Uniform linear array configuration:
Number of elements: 12
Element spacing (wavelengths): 0.75
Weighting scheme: cosine
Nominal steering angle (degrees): -30
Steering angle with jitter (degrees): -28.572
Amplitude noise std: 0.05
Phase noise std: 0.05

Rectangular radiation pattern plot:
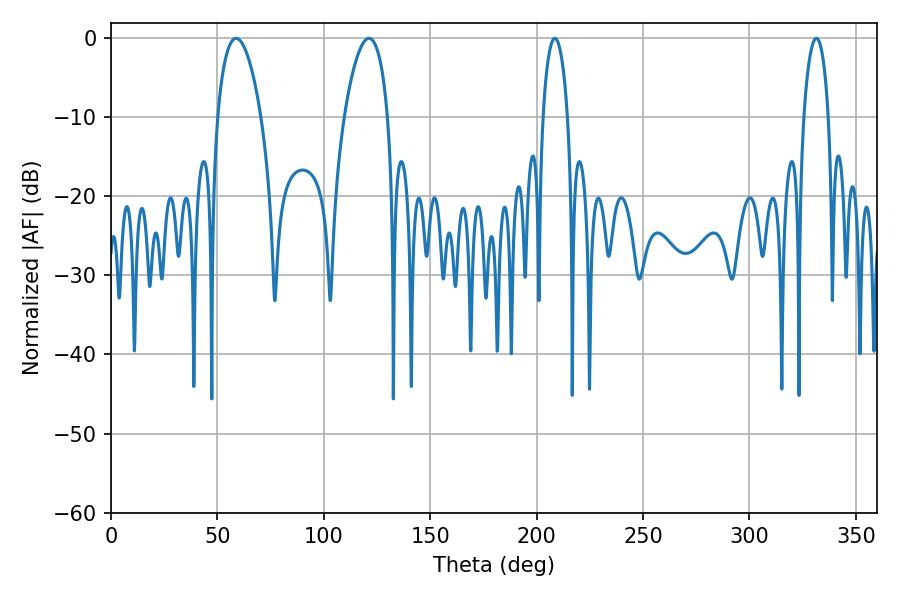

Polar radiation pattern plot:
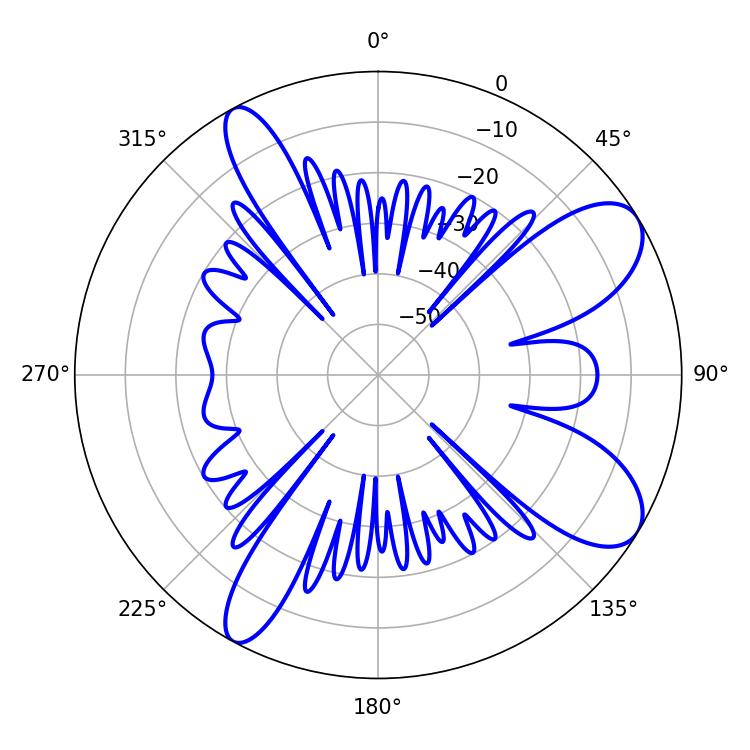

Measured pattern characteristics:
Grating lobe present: TRUE
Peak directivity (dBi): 9.051
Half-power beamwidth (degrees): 11.52
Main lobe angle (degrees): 58.86